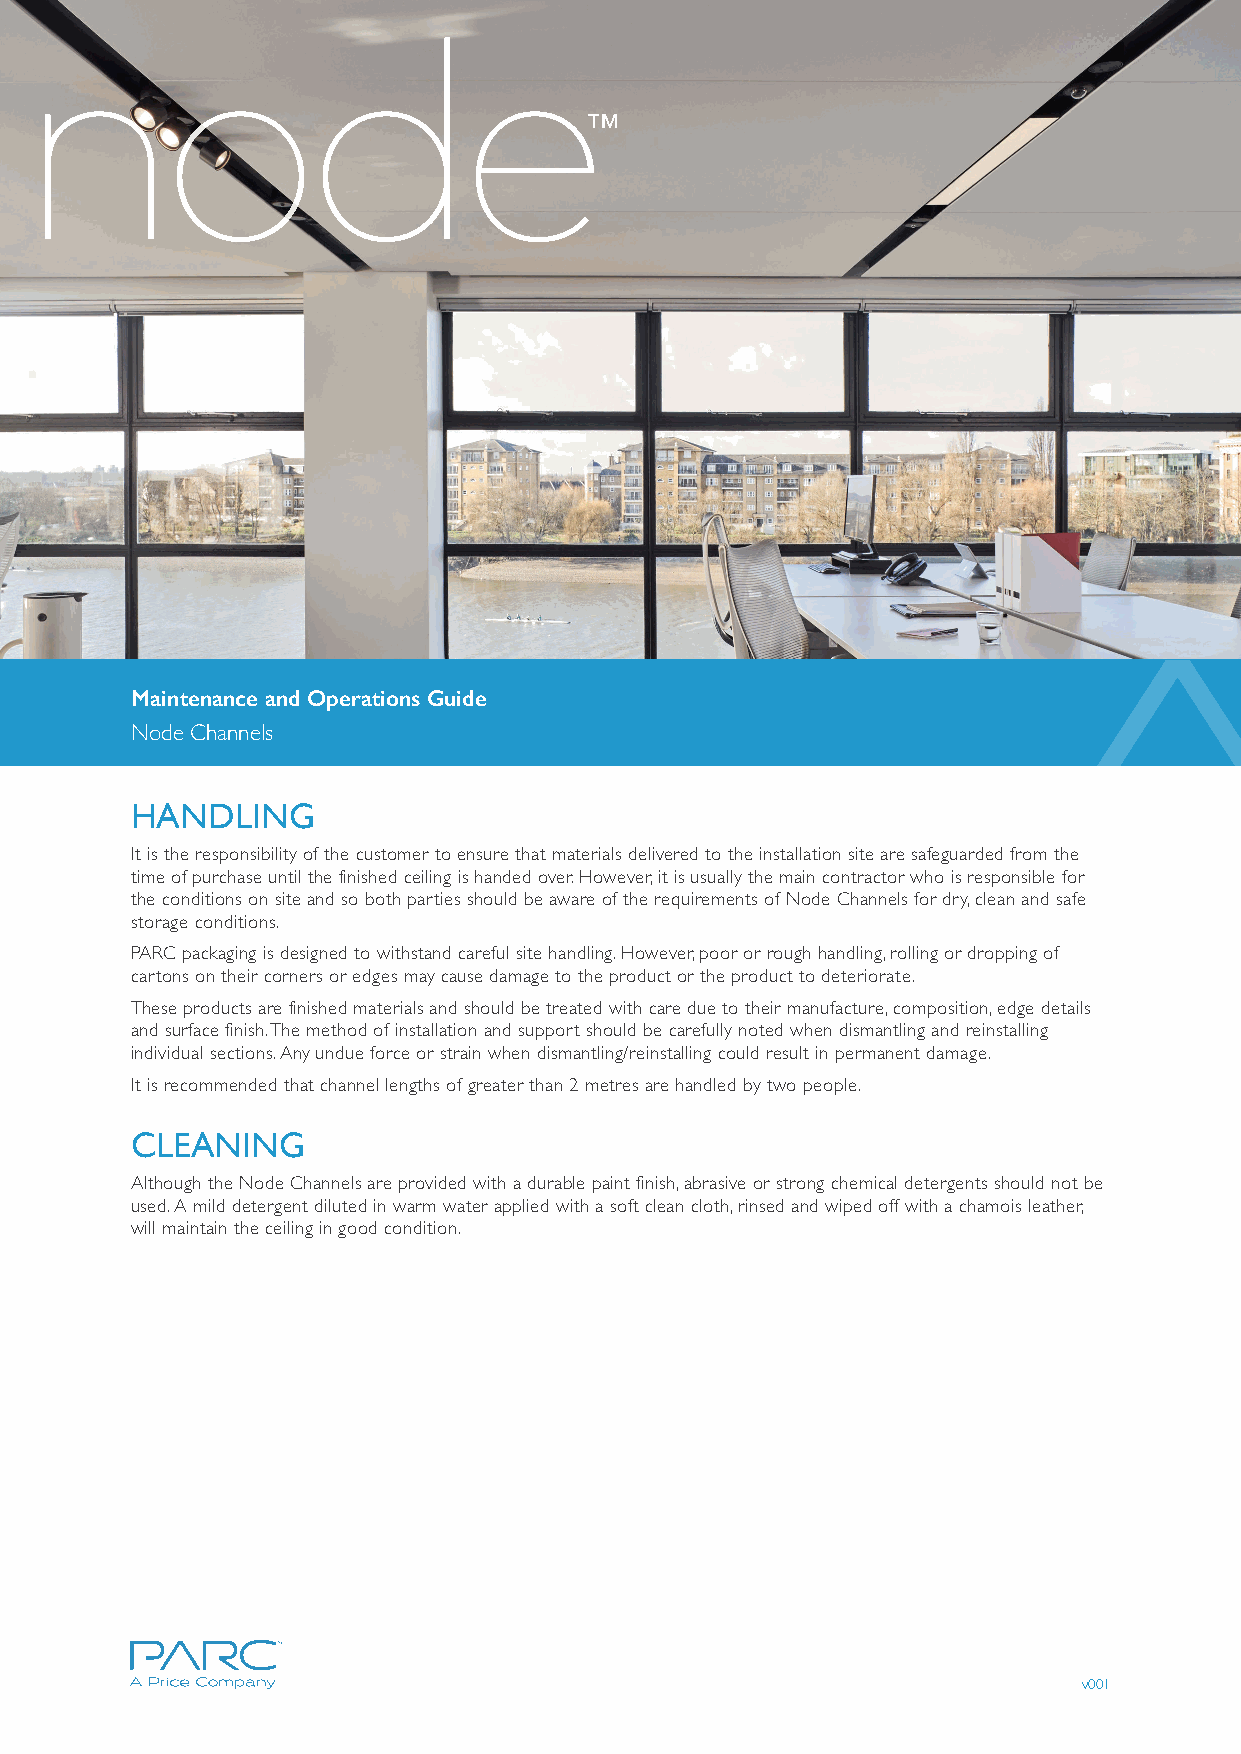
Maintenance and Operations Guide
 Node Channels
 HANDLING
 It is the responsibility of the customer to ensure that materials delivered to the installation site are safeguarded from the
 time of purchase until the finished ceiling is handed over. However, it is usually the main contractor who is responsible for
 the conditions on site and so both parties should be aware of the requirements of Node Channels for dry, clean and safe
 storage conditions.
 PARC packaging is designed to withstand careful site handling. However, poor or rough handling, rolling or dropping of
 cartons on their corners or edges may cause damage to the product or the product to deteriorate.
 These products are finished materials and should be treated with care due to their manufacture, composition, edge details
 and surface finish. The method of installation and support should be carefully noted when dismantling and reinstalling
 individual sections. Any undue force or strain when dismantling/reinstalling could result in permanent damage.
 It is recommended that channel lengths of greater than 2 metres are handled by two people.
 CLEANING
 Although the Node Channels are provided with a durable paint finish, abrasive or strong chemical detergents should not be
 used. A mild detergent diluted in warm water applied with a soft clean cloth, rinsed and wiped off with a chamois leather,
 will maintain the ceiling in good condition.
 v001